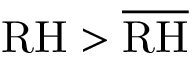
\mathrm { R H } > \overline { { \mathrm { R H } } }